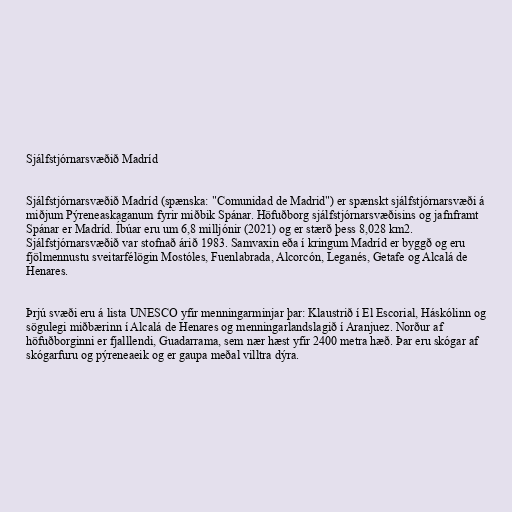
Sjálfstjórnarsvæðið Madríd

Sjálfstjórnarsvæðið Madríd (spænska: "Comunidad de Madrid") er spænskt sjálfstjórnarsvæði á
miðjum Pýreneaskaganum fyrir miðbik Spánar. Höfuðborg sjálfstjórnarsvæðisins og jafnframt
Spánar er Madríd. Íbúar eru um 6,8 milljónir (2021) og er stærð þess 8,028 km2.
Sjálfstjórnarsvæðið var stofnað árið 1983. Samvaxin eða í kringum Madríd er byggð og eru
fjölmennustu sveitarfélögin Mostóles, Fuenlabrada, Alcorcón, Leganés, Getafe og Alcalá de
Henares.

Þrjú svæði eru á lista UNESCO yfir menningarminjar þar: Klaustrið í El Escorial, Háskólinn og
sögulegi miðbærinn í Alcalá de Henares og menningarlandslagið í Aranjuez. Norður af
höfuðborginni er fjalllendi, Guadarrama, sem nær hæst yfir 2400 metra hæð. Þar eru skógar af
skógarfuru og pýreneaeik og er gaupa meðal villtra dýra.